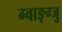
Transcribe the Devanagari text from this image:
ग्वाङ्ग्जु